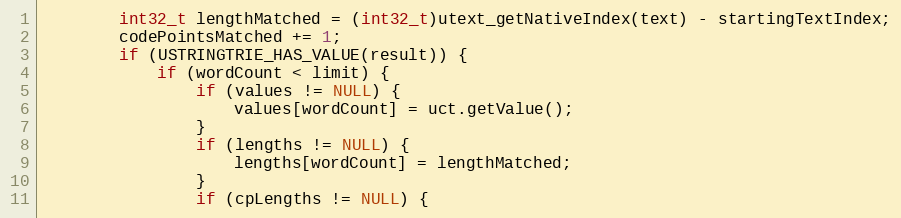
Language: C++
        int32_t lengthMatched = (int32_t)utext_getNativeIndex(text) - startingTextIndex;
        codePointsMatched += 1;
        if (USTRINGTRIE_HAS_VALUE(result)) {
            if (wordCount < limit) {
                if (values != NULL) {
                    values[wordCount] = uct.getValue();
                }
                if (lengths != NULL) {
                    lengths[wordCount] = lengthMatched;
                }
                if (cpLengths != NULL) {